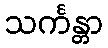
သင်္ကန္တာ